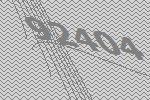
92404